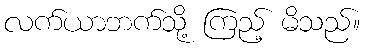
လက်ယာဘက်သို့ ကြည့် မိသည်။